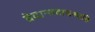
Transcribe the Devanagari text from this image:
वेदान्तवाचस्पति